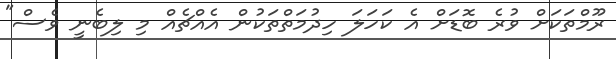
ރޫމްތަކަށް ވުރެ ބޮޑަށް އެ ކަހަލަ ހިދުމަތްތަކުން އެއްޗެއް މި ލިބެނީ ވެސް"